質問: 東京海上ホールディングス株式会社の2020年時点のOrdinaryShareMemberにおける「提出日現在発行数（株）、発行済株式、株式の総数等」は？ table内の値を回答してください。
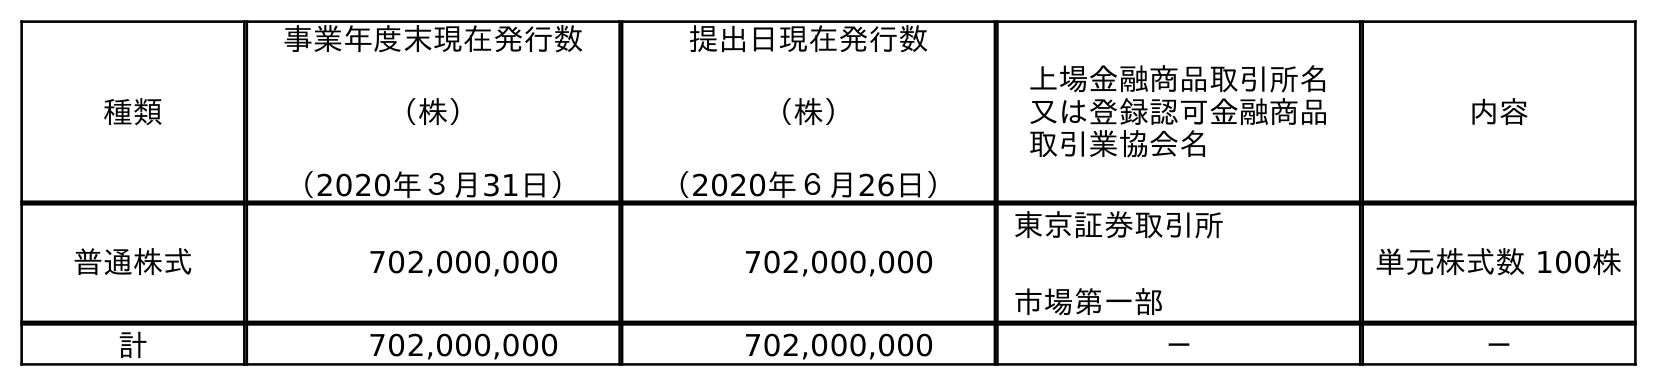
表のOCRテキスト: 種類 事業年度末現在発行数 （株） （2020年３月31日） 提出日現在発行数 （株） （2020年６月26日） 上場金融商品取引所名 又は登録認可金融商品 取引業協会名 内容 普通株式 702,000,000 702,000,000 東京証券取引所 市場第一部 単元株式数 100株 計 702,000,000 702,000,000 － －
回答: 702,000,000